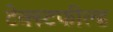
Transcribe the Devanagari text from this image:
टेक्स्टफील्ड